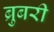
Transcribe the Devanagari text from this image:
ब्रुबरी